Report on lock hospitals in British Burma
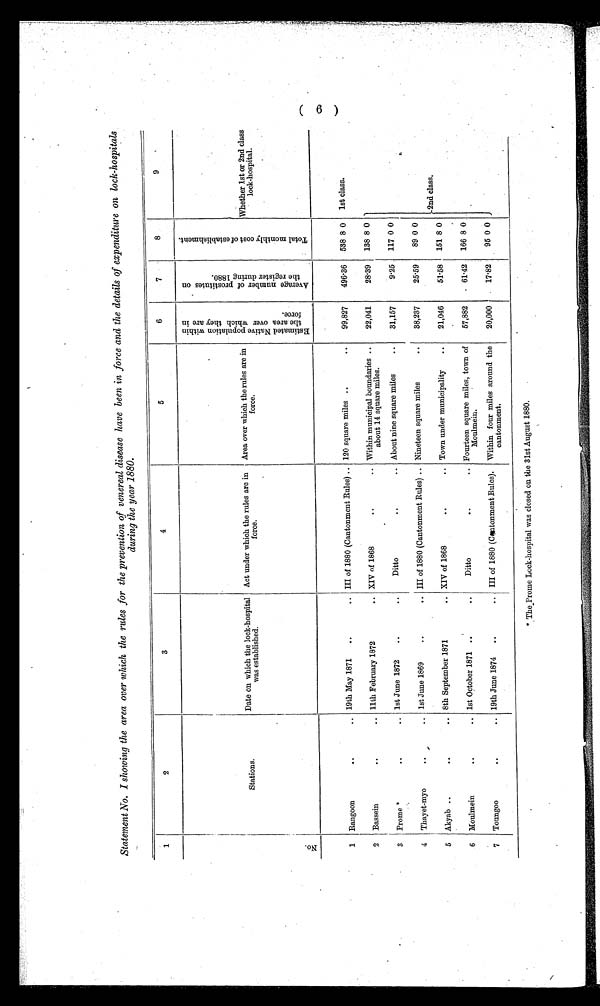
Statement No. I showing the area over which the rules for the prevention of venereal disease have been in force and the details of expenditure on lock-hospitals
during the year 1880.
1
2
3
4
5
6
7
8
9
S t a t i o n s .
Date on which the lock-hospital
was established.
Act under which the rules are in froce. Area over which the rules are in
f o r c e .
E s t i m a t e N a t i v e p o p u l a t i o n w i t h i n t h e a r e a o v e r w h i c h t h e y a r e i n f o r c e .
A v e r a g e n u m b e r o f p r o s t i t u t e s o n t h e r e g i s t e r d u r i n g 1 8 8 0 .
T o t a l m o n t h l y c o s t o f e s t a b l i i s h m e n t .
Whether 1st or 2nd class
lock-hospital.
N o
1
Rangoon
. .
. . 19th May 1871
..
. . III of 1880 (Cantonment Rules) .. 120 square miles ..
. .
99,827
496.36
538 8 0
1 s t c l a s s .
2
Bassein
. .
. . 11th February 1872
. . XIV of 1868
..
. . Within municipal boundaries ..
about 14 square miles.
22,041
28.39
138 8 0
3
Prome *
. .
. . 1st June 1872
..
. .
Ditto
..
. . About nine square miles
. .
31,157
9.25
117 0 0
4
Thayet-myo
. .
..
1st June 1869
..
. . III of 1880 (Cantonment Rules) .. Nineteen square miles
. .
38,237
25.59
89 0 0
5 Akyab ..
. .
. . 8th September 1871
. . XIV of 1868
..
. . Town under municipality
. .
21,046
51.58
151 8 0
2 n d c l a s s .
6
Moulmein
. .
. . 1st October 1871 ..
. .
Ditto
..
. . Fourteen square miles, town of
Moulmein.
57,882
61.42
166 8 0
7
Toungoo
. .
. . 19th June 1874
..
. . III of 1880 (Cantonment Rules).
Within four miles around the
cantonment.
20,000
17.82
95 0 0
*The Prome Lock-hospital was closed on the 31st August 1880.
(6)